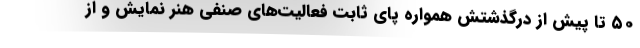
۵۰ تا پیش از درگذشتش همواره پای ثابت فعالیت‌های صنفی هنر نمایش و از